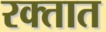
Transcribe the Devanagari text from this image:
रक्‍तात